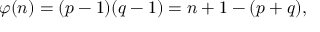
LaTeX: \varphi ( n ) = ( p - 1 ) ( q - 1 ) = n + 1 - ( p + q ) ,